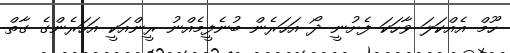
ހޫމް އެއްކަލަ ވާހަކަ ފެށުނީ ދޯ އަހަރެން ބުނެފީމެއްނު ރީންއަކީ އަހަރެންގެ ގާތް